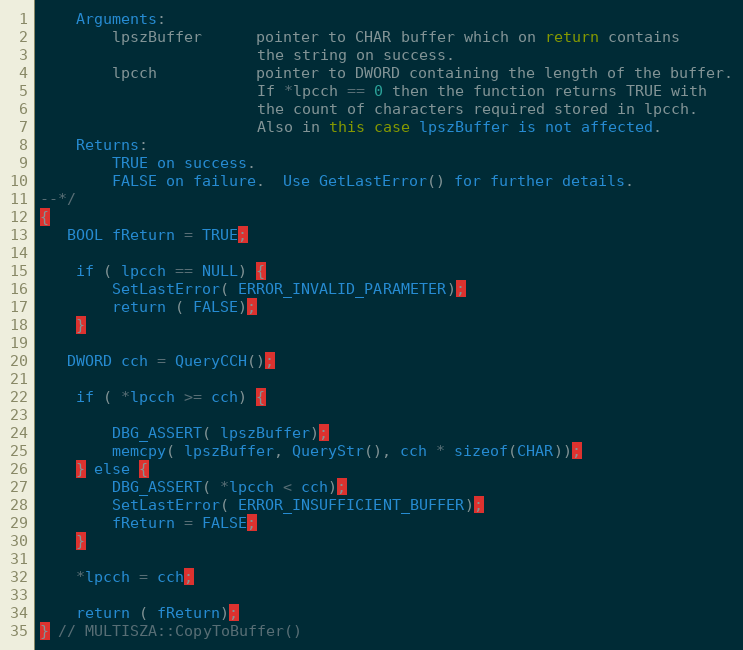
Language: C++
    Arguments:
        lpszBuffer      pointer to CHAR buffer which on return contains
                        the string on success.
        lpcch           pointer to DWORD containing the length of the buffer.
                        If *lpcch == 0 then the function returns TRUE with
                        the count of characters required stored in lpcch.
                        Also in this case lpszBuffer is not affected.
    Returns:
        TRUE on success.
        FALSE on failure.  Use GetLastError() for further details.
--*/
{
   BOOL fReturn = TRUE;

    if ( lpcch == NULL) {
        SetLastError( ERROR_INVALID_PARAMETER);
        return ( FALSE);
    }

   DWORD cch = QueryCCH();

    if ( *lpcch >= cch) {

        DBG_ASSERT( lpszBuffer);
        memcpy( lpszBuffer, QueryStr(), cch * sizeof(CHAR));
    } else {
        DBG_ASSERT( *lpcch < cch);
        SetLastError( ERROR_INSUFFICIENT_BUFFER);
        fReturn = FALSE;
    }

    *lpcch = cch;

    return ( fReturn);
} // MULTISZA::CopyToBuffer()